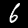
Label: 6